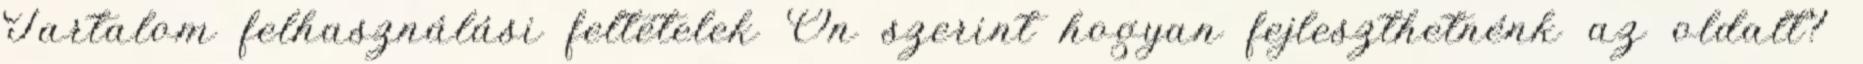
Tartalom felhasználási feltételek Ön szerint hogyan fejleszthetnénk az oldalt?